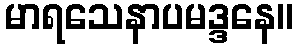
မာရသေနာပမဒ္ဒနေ။